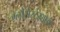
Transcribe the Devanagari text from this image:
ग्लौसेस्टेरशायर